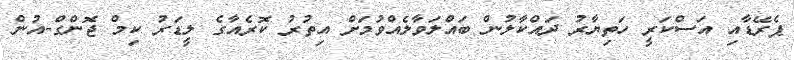
ޕެރޭޑާއި އަސްކަރީ ހަތިޔާރު ދައްކާލުން ބައްލަވާލެއްވުމަށް އިތުރު ކޮރެއާގެ ލީޑަރު ކިމް ޖޮންގް-އުން